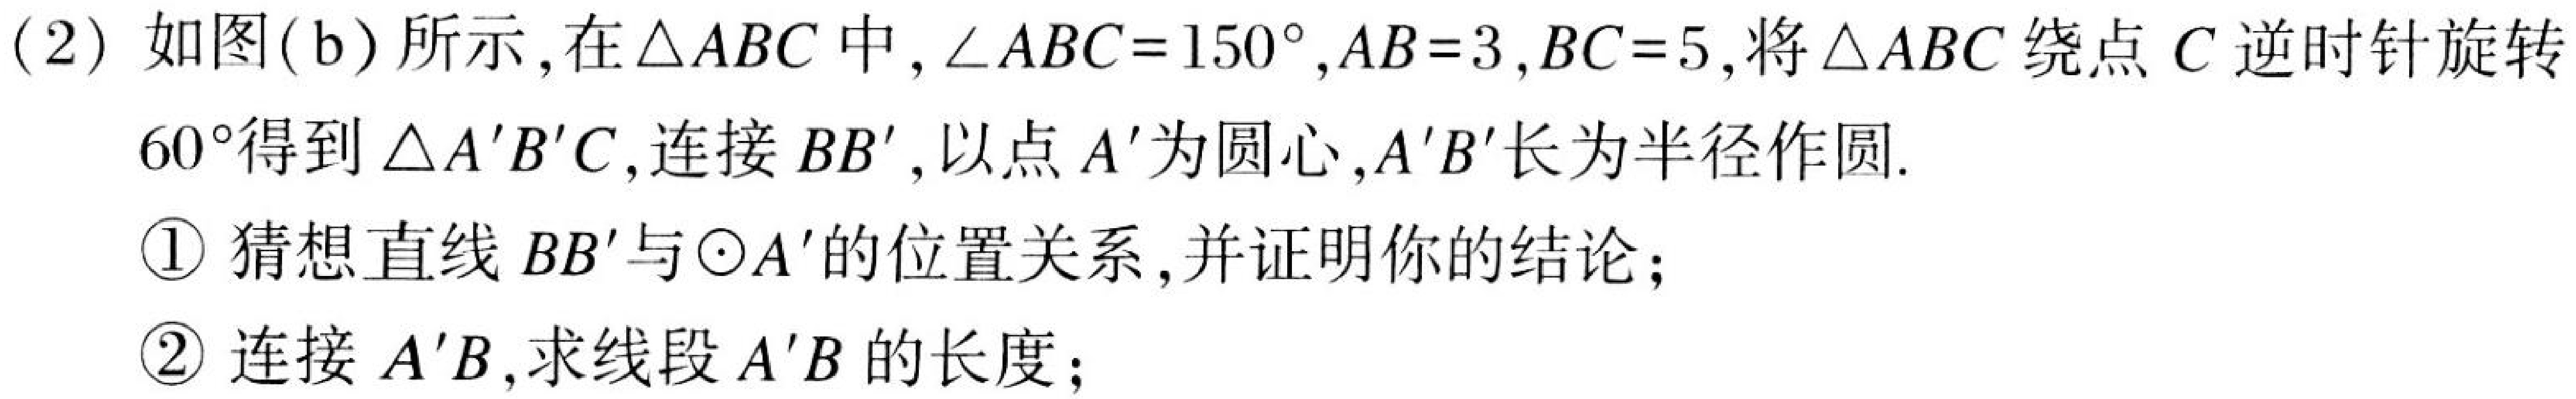
(2) 如图(b)所示，在$\triangle ABC$中，$\angle ABC = 150^{\circ}$，$AB = 3$，$BC = 5$，将$\triangle ABC$绕点$C$逆时针旋转
$60^{\circ}$得到$\triangle A'B'C$，连接$BB'$，以点$A'$为圆心，$A'B'$长为半径作圆.
\textcircled{1} 猜想直线$BB'$与$\odot A'$的位置关系，并证明你的结论；
\textcircled{2} 连接$A'B$，求线段$A'B$的长度；